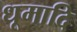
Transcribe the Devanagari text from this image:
धूमादि